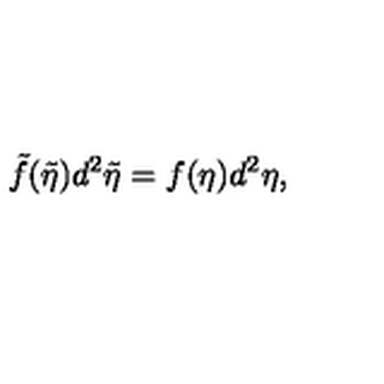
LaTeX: \tilde { f } ( \tilde { \eta } ) d ^ { 2 } \tilde { \eta } = f ( \eta ) d ^ { 2 } \eta ,